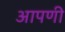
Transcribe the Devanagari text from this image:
आपणी